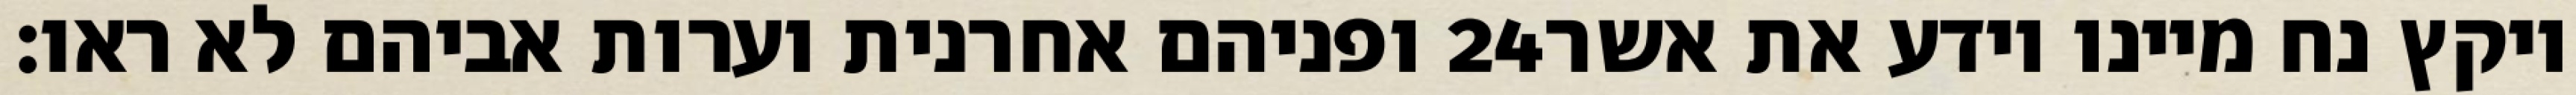
ופניהם אחרנית וערות אביהם לא ראו׃ ‎24‏ ויקץ נח מיינו וידע את אשר